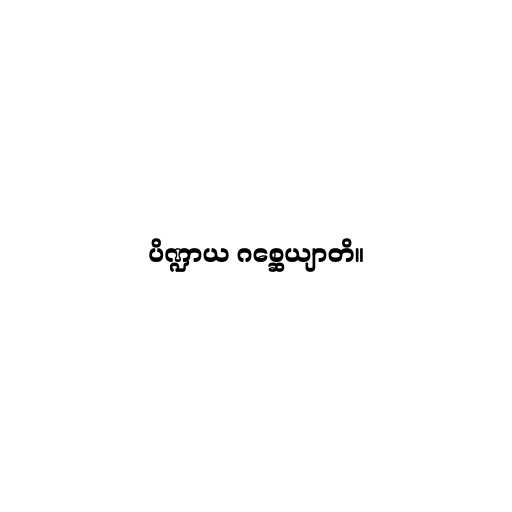
ပိဏ္ဍာယ ဂစ္ဆေယျာတိ။